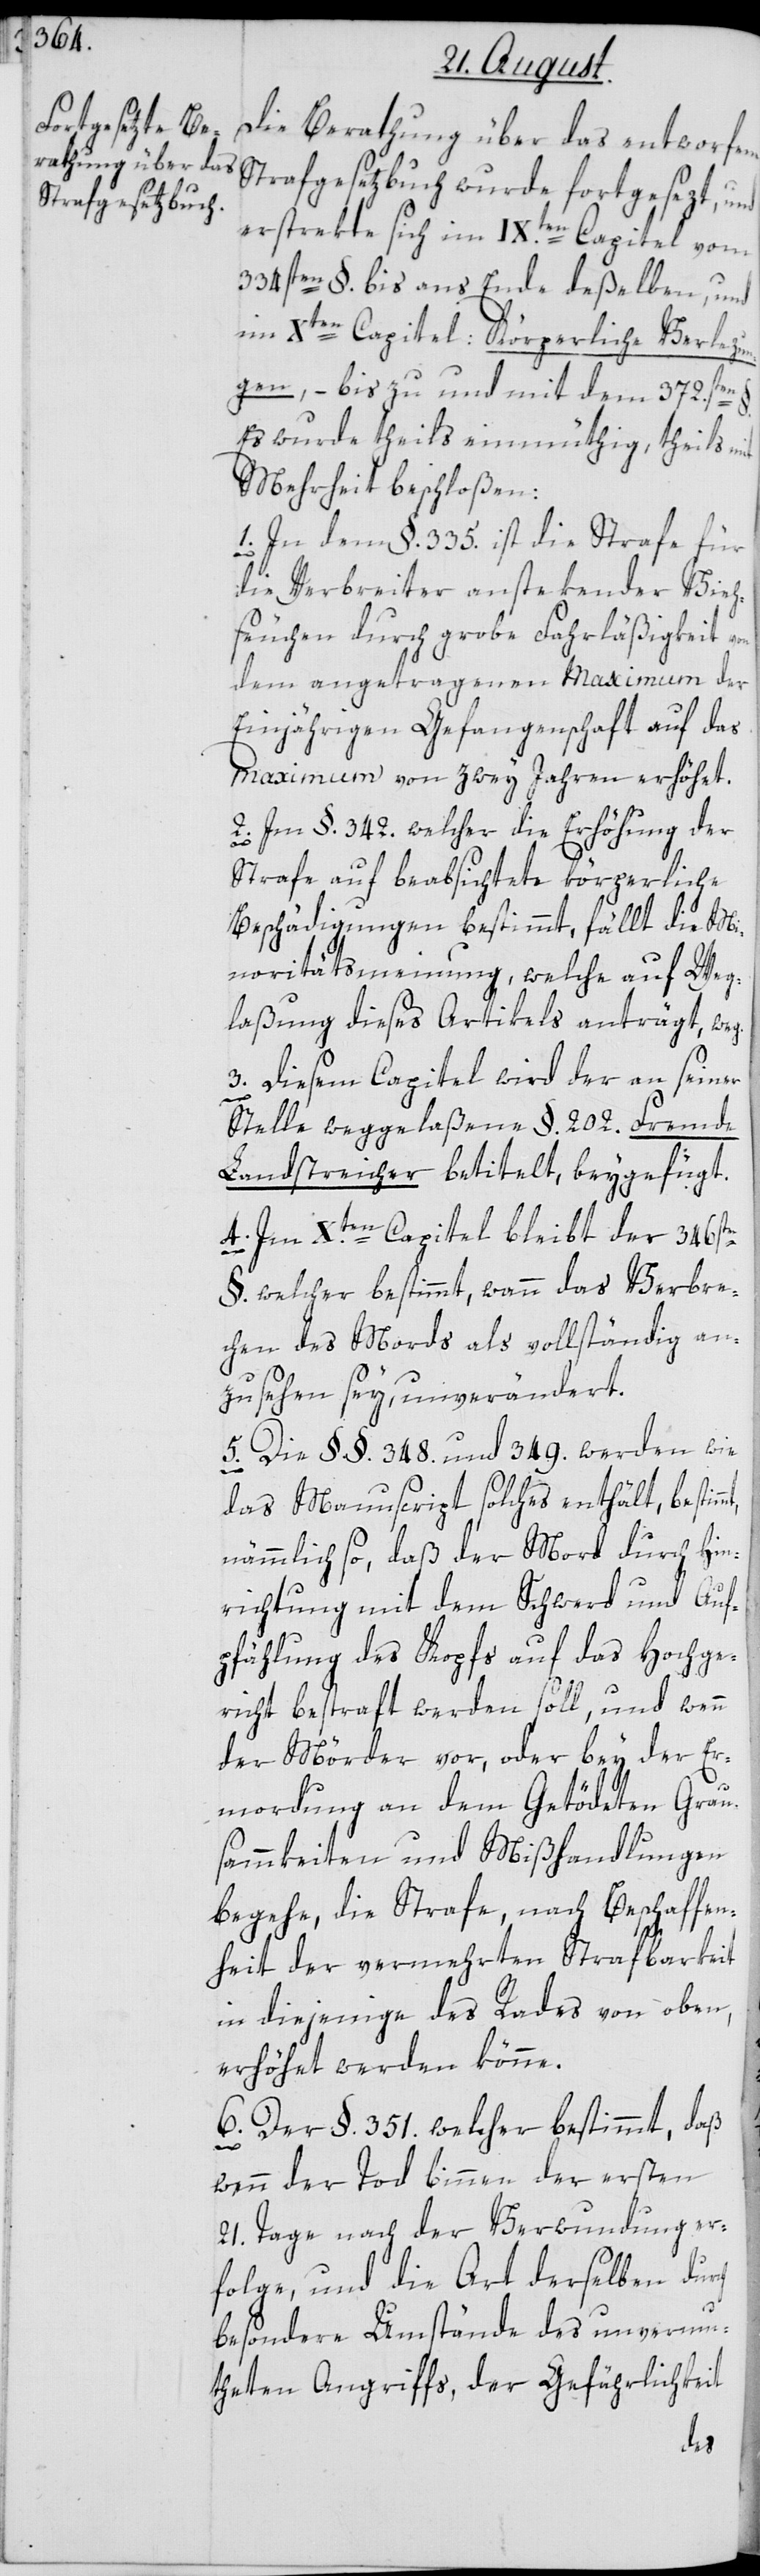
Die Berathung über das entworfene
Strafgesetzbuch wurde fortgesezt, und
erstrekte sich im IX.ten Capitel vom
334sten §. bis ans Ende deßelben, und
im Xten Capitel: Körperliche Verlezun¬
gen –, bis zu und mit dem 372.sten
Es wurde theils einmüthig, theils mit
Mehrheit beschloßen:
1. In dem § 335. ist die Strafe für
die Verbreiter anstekender Vieh¬
seuchen durch grobe Fahrläßigkeit von
dem angetragenen Maximum der
Einjährigen Gefangenschaft auf das
Maximum von zwey Jahren erhöhet.
2. Im §. 342. welcher die Erhöhung der
Strafe auf beabsichtete körperliche
Beschädigungen bestimmt, fällt die Mi¬
noritätsmeynung, welche auf Weg¬
laßung dieses Artikels anträgt, weg.
3. Diesem Capitel wird der an seiner
mt,
Stelle weggelaßene §. 202. Fremde
Landstreicher betitelt, beygefügt.
4. Im X.ten Capitel bleibt der 346ste
§. welcher bestimmt, wann das Verbre¬
chen des Mords als vollständig an¬
zusehen sey, unverändert.
5. Die §§. 348. und 349. werden wie
das Manuscript solches enthält, bestim¬
nämmlich so, daß der Mord durch Hin¬
richtung mit dem Schwerd und Auf¬
pfählung des Kopfs auf das Hochge¬
richt bestraft werden soll, und wenn
der Mörder vor, oder bey der Er¬
mordung an dem Getödeten Grau¬
sammkeiten und Mißhandlungen
begehe, die Strafe, nach Beschaffen¬
heit der vermehrten Strafbarkeit,
in diejenige des Rades von oben,
erhöhet werden könne.
6. Der § 351. welcher bestimmt, daß
wenn der Tod binnen der ersten
21. Tage nach der Verwundung er¬
folge, und die Art derselben durch
besondere Umstände des unvermu¬
theten Angriffs, der Gefährlichkeit